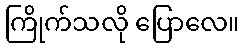
ကြိုက်သလို ပြောလေ။